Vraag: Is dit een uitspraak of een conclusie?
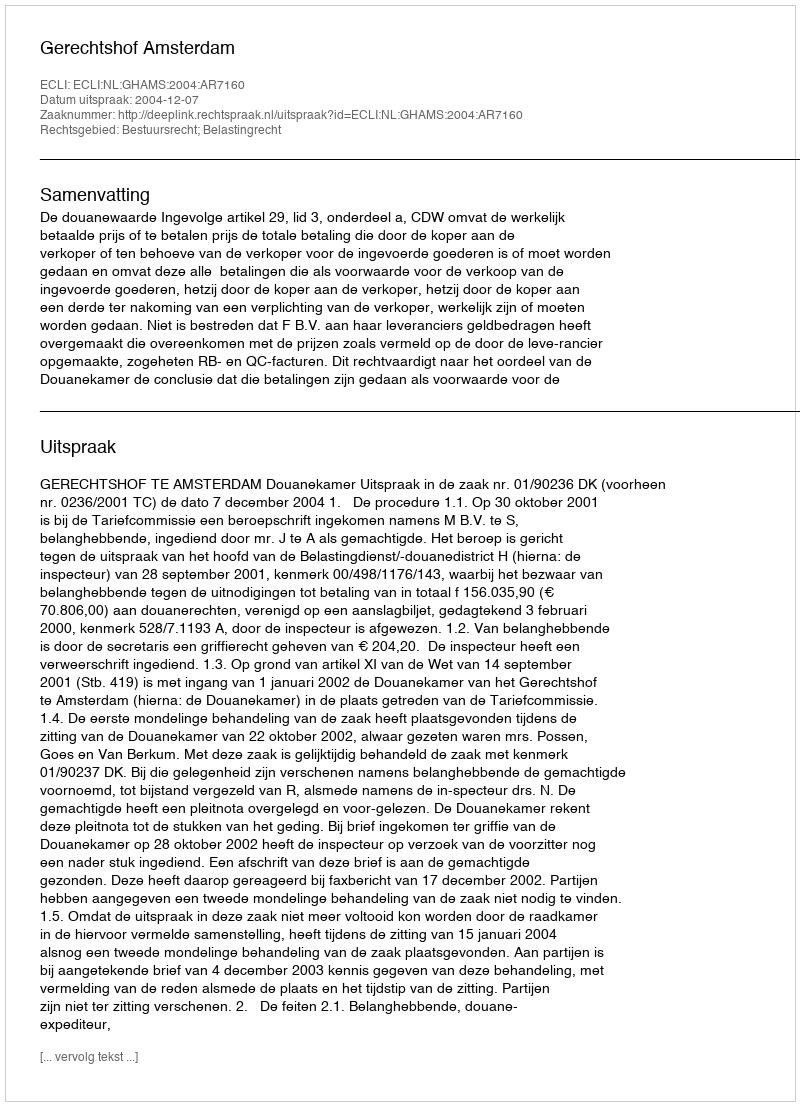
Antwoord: Uitspraak